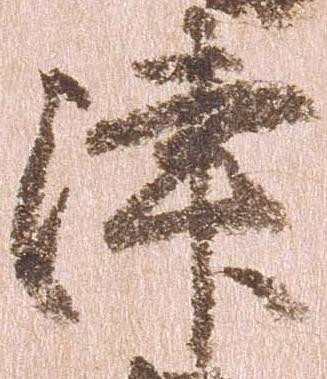
津